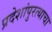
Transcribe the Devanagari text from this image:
प्रदेशांपुरत्याचा